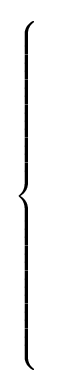
{\begin{cases}\\\\\\\\\\\\\\\\\\\end{cases}}